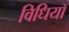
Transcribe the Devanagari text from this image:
विधियॉ